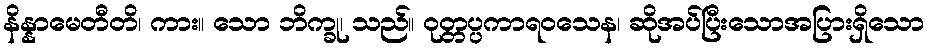
နိန္နာမေတီတိ၊ ကား။ သော ဘိက္ခု၊ သည်။ ဝုတ္တပ္ပကာရဝသေန၊ ဆိုအပ်ပြီးသောအပြားရှိသော